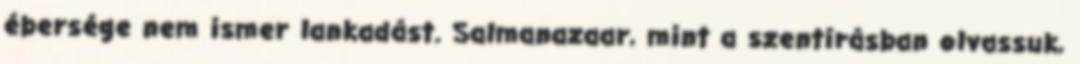
ébersége nem ismer lankadást. Salmanazaar, mint a szentírásban olvassuk,